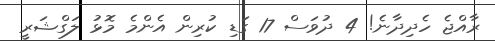
ރާއްޖެ ހެދިދާނެ! 4 ދުވަސް 17 ގަޑި ކުރިން އެންމެ މޮޅު ލަގްޝަރީ